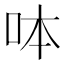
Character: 呠